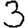
Digit: 3